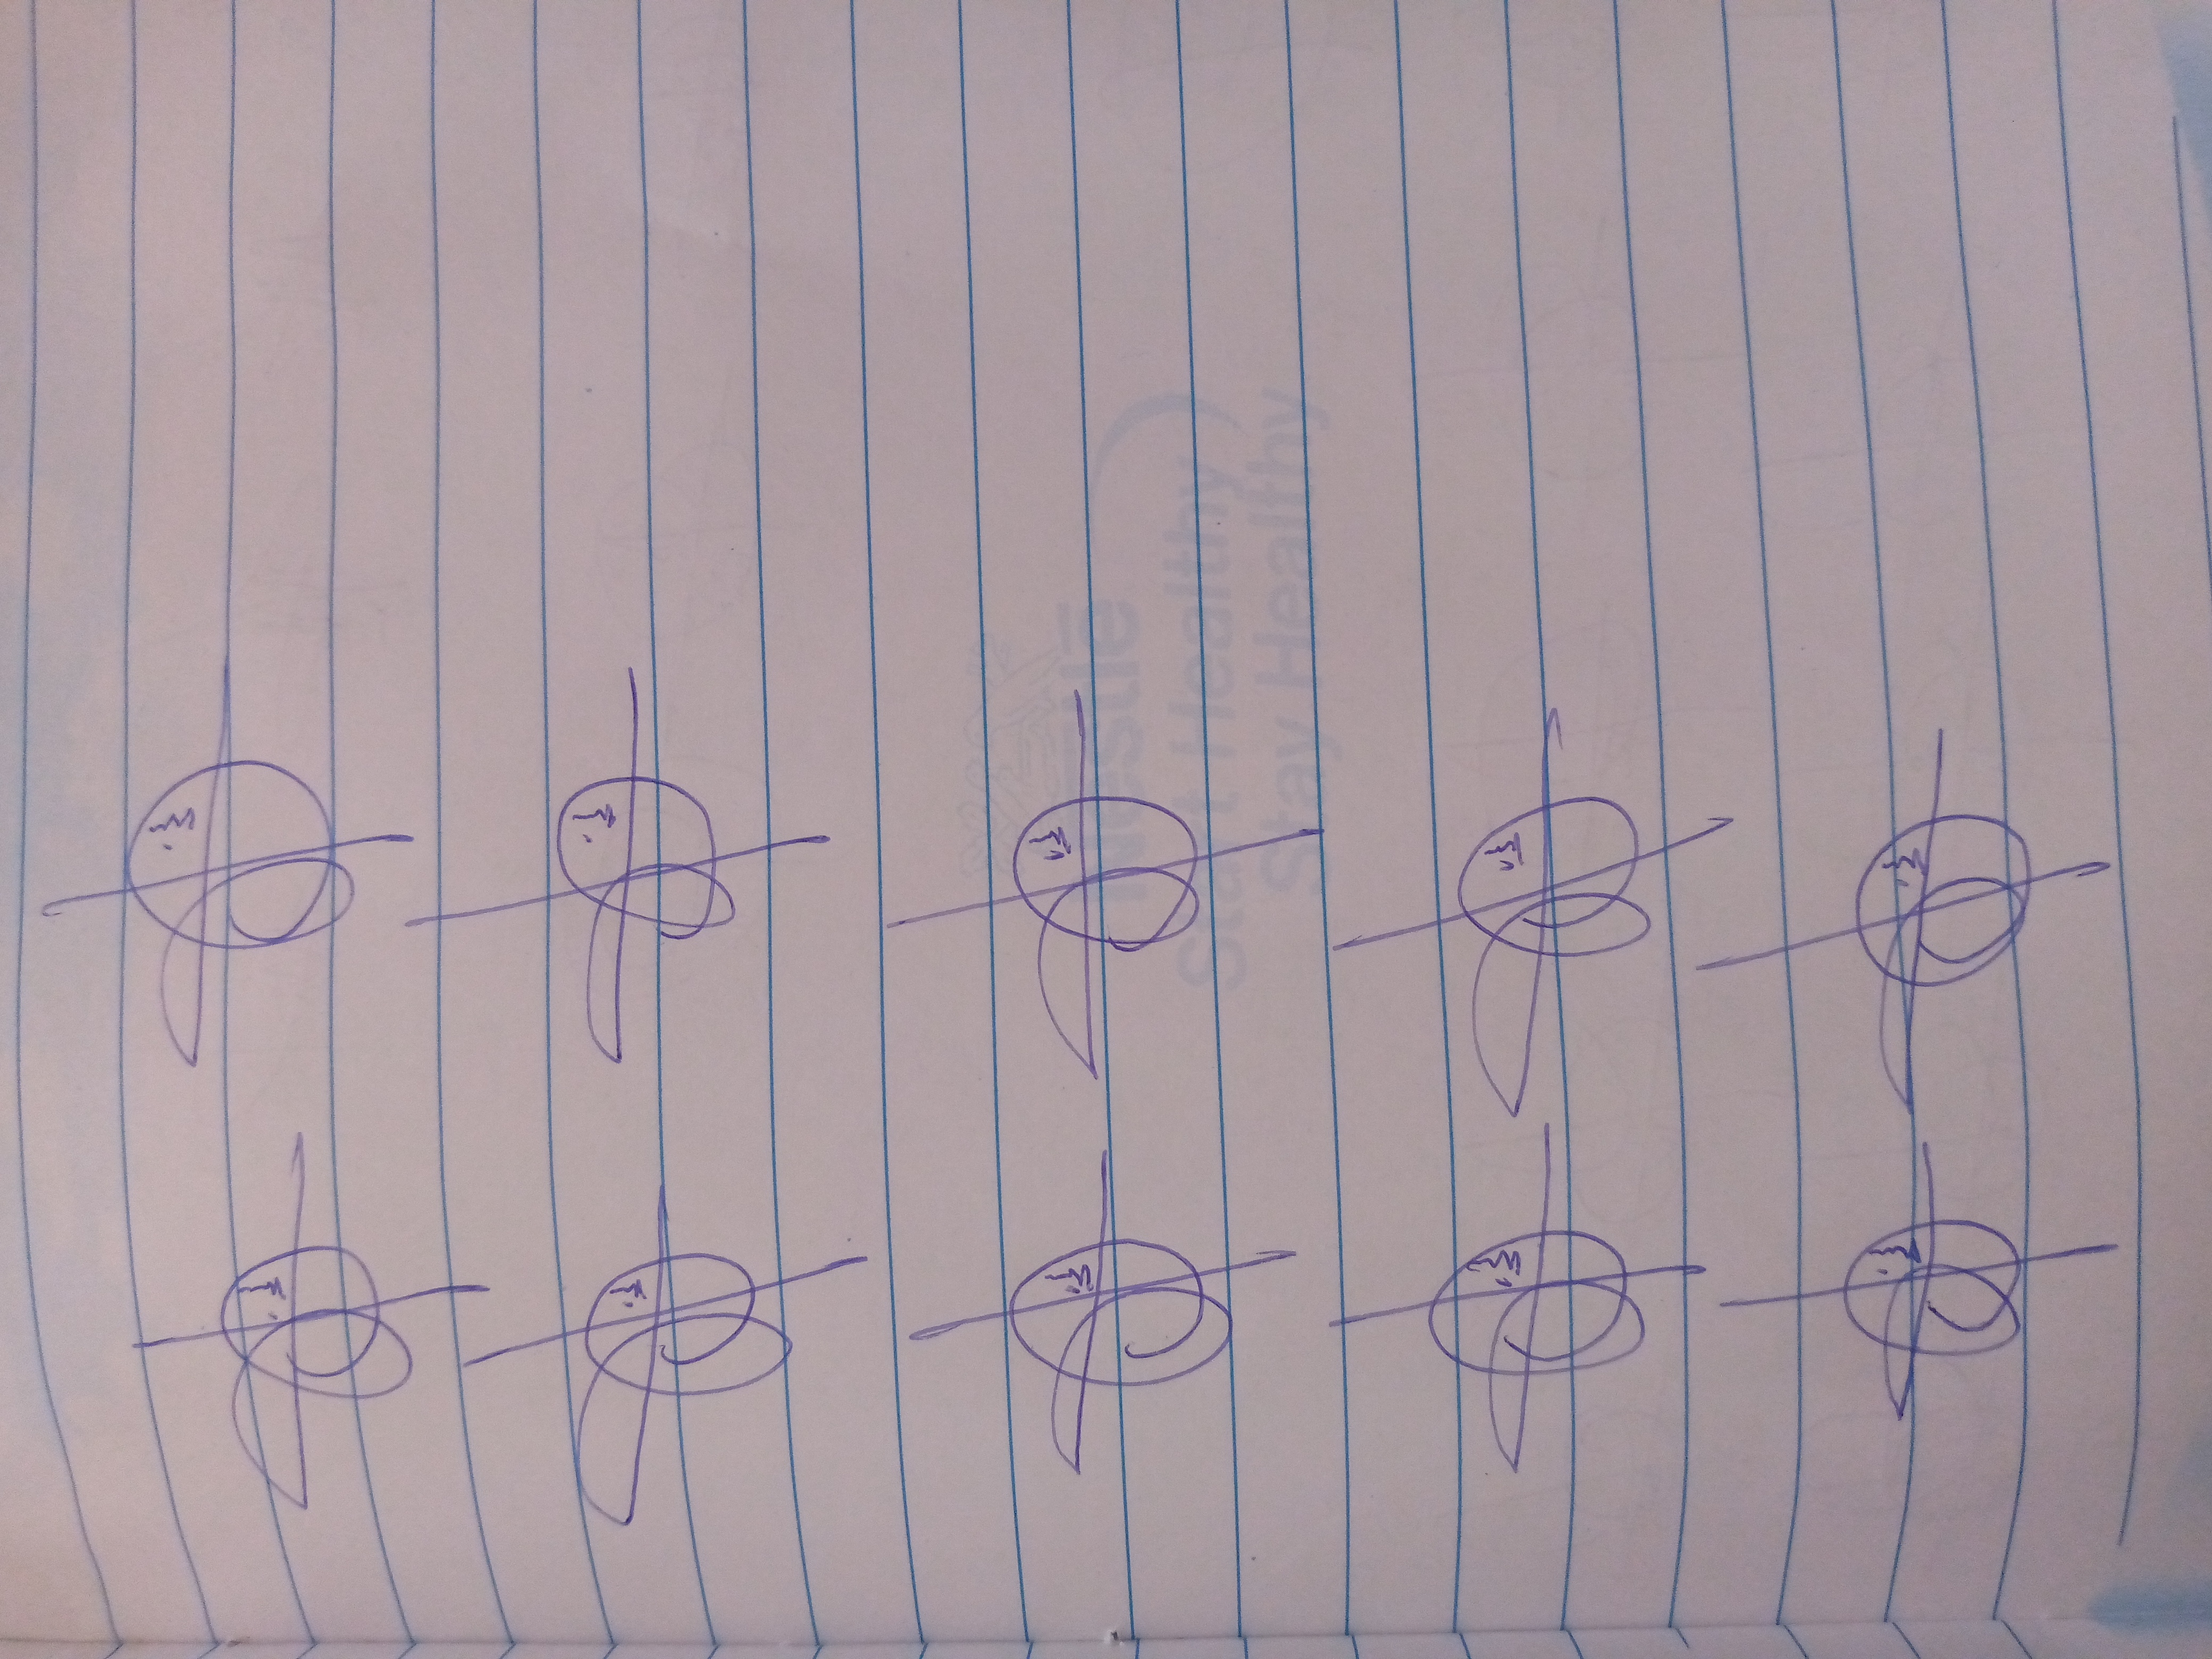
Signature authenticity: genuine